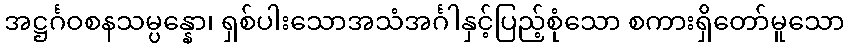
အဋ္ဌင်္ဂဝစနသမ္ပန္နော၊ ရှစ်ပါးသောအသံအင်္ဂါနှင့်ပြည့်စုံသော စကားရှိတော်မူသော